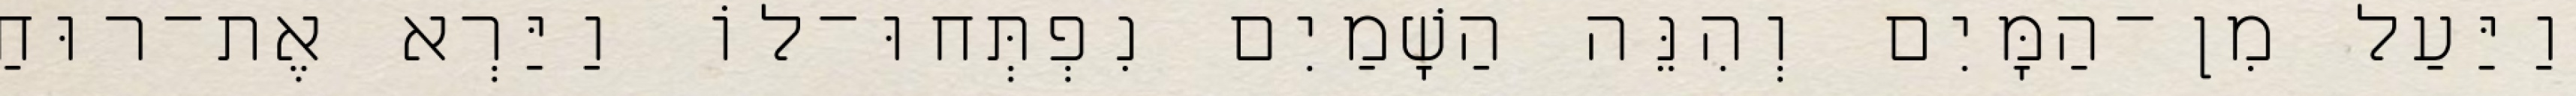
וַיַּעַל מִן־הַמָּיִם וְהִנֵּה הַשָׁמַיִם נִפְתְּחוּ־לוֹ וַיַּרְא אֶת־רוּחַ